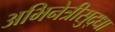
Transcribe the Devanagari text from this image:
अभिनेत्रीसुद्धा